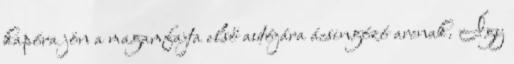
kapóra jön a magamfajta első autójára ácsingózó arcnak. Így